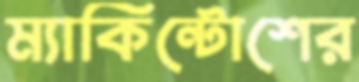
ম্যাকিন্টোশের